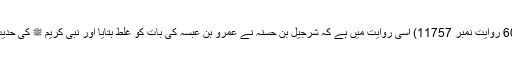
(کنزالعمال جلد 4 صفحہ604 روایت نمبر 11757) اسی روایت میں ہے کہ شرجیل بن حسنہ نے عمرو بن عبسہ کی بات کو غلط بتایا اور نبی کریم ﷺ کی حدیث سے اسکی تردید کی ہے۔